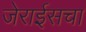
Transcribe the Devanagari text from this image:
जेराईसचा